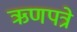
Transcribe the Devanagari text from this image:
ऋणपत्रे